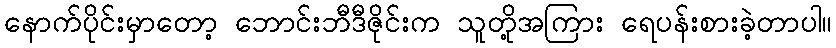
နောက်ပိုင်းမှာတော့ ဘောင်းဘီဒီဇိုင်းက သူတို့အကြား ရေပန်းစားခဲ့တာပါ။